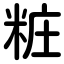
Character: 粧